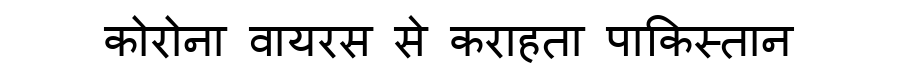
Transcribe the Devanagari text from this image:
कोरोना वायरस से कराहता पाकिस्तान